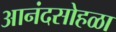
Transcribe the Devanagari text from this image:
आनंदसोहळा